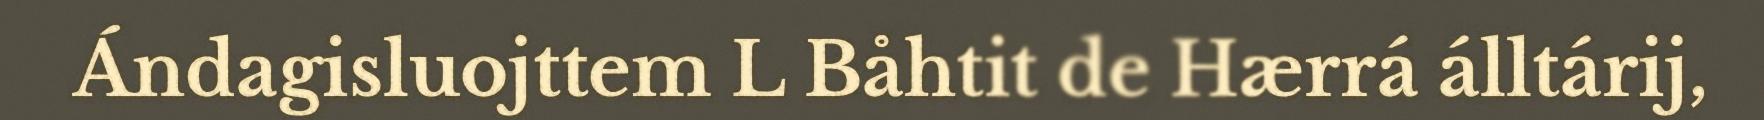
Ándagisluojttem L Båhtit de Hærrá álltárij,